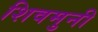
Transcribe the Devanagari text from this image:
शिवमुनी